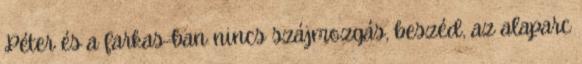
Péter és a farkas-ban nincs szájmozgás, beszéd, az alaparc